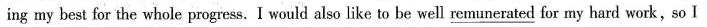
ing my best for the whole progress.I would also like to be well \underline remunerated for my hard work,so I